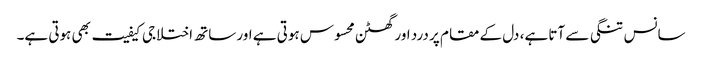
سانس تنگی سے آتا ہے، دل کے مقام پر درد اور گھٹن محسوس ہوتی ہے اور ساتھ اختلاجی کیفیت بھی ہوتی ہے۔